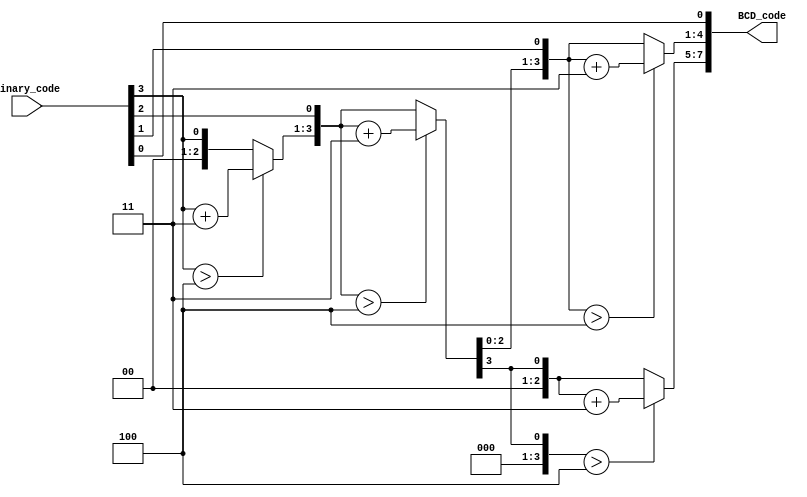
//############################################################################
//++++++++++++++++++++++++++++++++++++++++++++++++++++++++++++++++++++++++++++
//   Module Name : B2BCD_IP
//++++++++++++++++++++++++++++++++++++++++++++++++++++++++++++++++++++++++++++
//############################################################################

module B2BCD_IP #(parameter WIDTH = 4, parameter DIGIT = 2) (
    // Input signals
    Binary_code,
    // Output signals
    BCD_code
);

// ===============================================================
// Declaration
// ===============================================================
input  [WIDTH-1:0]   Binary_code;
output wire [DIGIT*4-1:0] BCD_code;
reg [DIGIT*4-1:0] transfer_state[0:WIDTH];  // [BCD code of each number][transfer state (shift + add 3)]
reg [DIGIT*4-1:0] temp[0:WIDTH];

// ===============================================================
// Soft IP DESIGN
// ===============================================================
genvar i, j;
generate
    for(i=0;i<WIDTH;i=i+1) begin  // transfer state
        for(j=1;j<=DIGIT;j=j+1) begin  // each number
            always @(*) begin  // add 3
                if(transfer_state[i][j*4-1:j*4-4] > 'd4) temp[i][j*4-1:j*4-4] = transfer_state[i][j*4-1:j*4-4] + 'd3;
                else temp[i][j*4-1:j*4-4] = transfer_state[i][j*4-1:j*4-4];
            end
        end
        always @(*) begin
            if(i == 0) transfer_state[i+1] = Binary_code[WIDTH-1];
            else transfer_state[i+1] = {temp[i][DIGIT*4-2:0], Binary_code[WIDTH - 1 - i]};  // shift
        end
    end
endgenerate

assign BCD_code = transfer_state[WIDTH];

endmodule